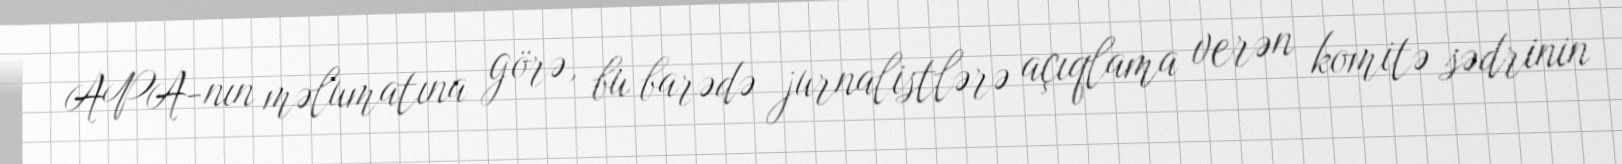
APA-nın məlumatına görə, bu barədə jurnalistlərə açıqlama verən komitə sədrinin